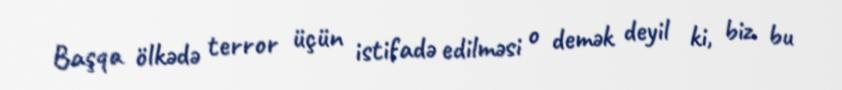
Başqa ölkədə terror üçün istifadə edilməsi o demək deyil ki, biz bu